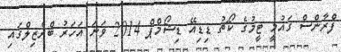
ފްރާންސް ގައުމީ ޓީމުގެ ކޯޗު ޑިޑިއޭ ޑިޝޯމްޕް 2014 ވަނަ އަހަރު ބްރެޒިލްގައި